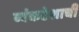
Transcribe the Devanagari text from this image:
व्यंकटेशाची